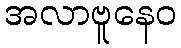
အလာဗူနေဝ